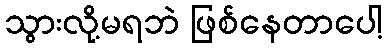
သွားလို့မရဘဲ ဖြစ်နေတာပေါ့